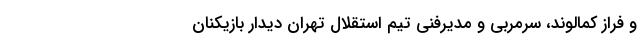
و فراز کمالوند، سرمربی و مدیرفنی تیم استقلال تهران دیدار بازیکنان